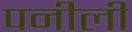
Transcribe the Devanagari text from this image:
पनीली